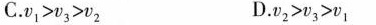
C.$$v_{1} > v_{3} > v_{2}$$ D.$$v_{2} > v_{3} > v_{1}$$